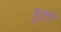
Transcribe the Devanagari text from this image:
पुटो